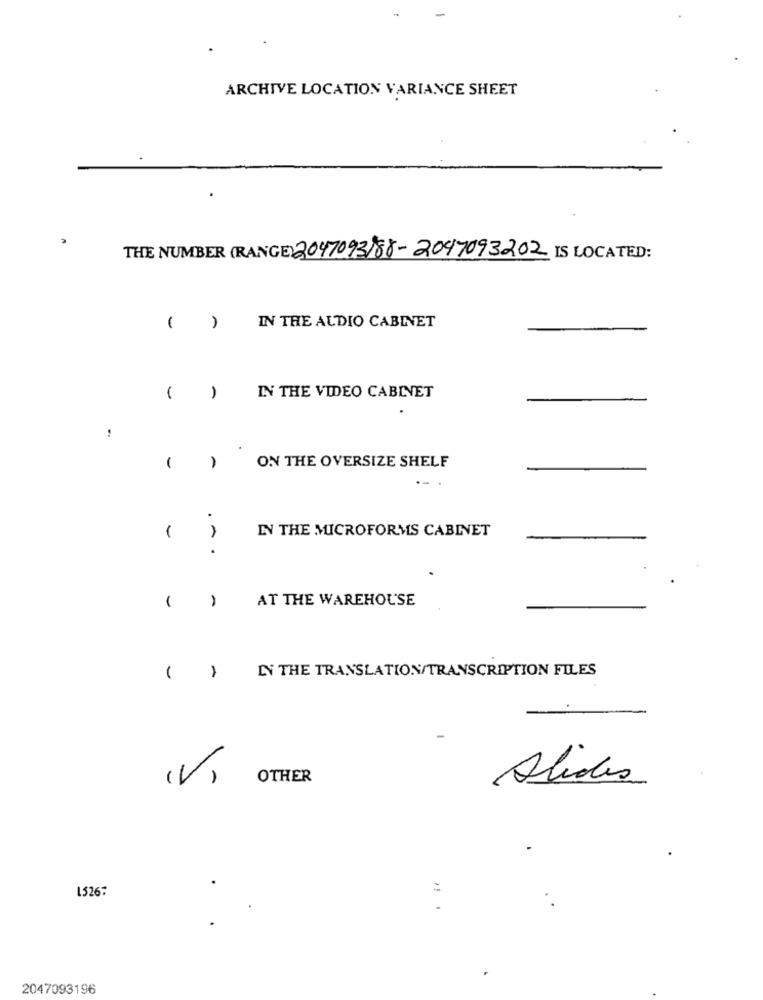
ARCHIVE LOCATION VARIANCE SHEET
THE NUMBER (RANGE) 2047093)88-2047093202 IS LOCATED:
(
IN THE AUDIO CABINET
-
IN THE VIDEO CABINET
-
ON THE OVERSIZE SHELF
--
.
IN THE MICROFORMS CABINET
-
.
AT THE WAREHOUSE
-
IN THE TRANSLATION/TRANSCRIPTION FILES
( )
(V)
OTHER
Alides
1526:
2047093196